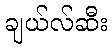
ချယ်လ်ဆီး